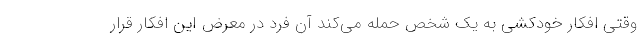
وقتی افکار خودکشی به یک شخص حمله می‌کند آن فرد در معرض این افکار قرار